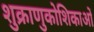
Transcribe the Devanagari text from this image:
शुक्राणुकोशिकाओं